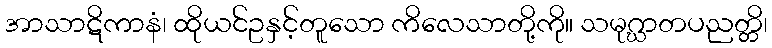
အာသာဋိကာနံ၊ ထိုယင်ဥနှင့်တူသော ကိလေသာတို့ကို။ သမုဂ္ဃာတပညတ္တိ၊